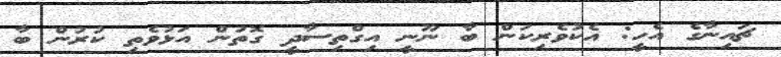
ޗައިނާގެ އެހީ: އެކުވެރިކަން ބާ ނޫނީ އިގްތިސާދީ ގޮތުން އަޅުވެތި ކުރުން ބާ